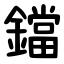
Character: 鐺